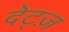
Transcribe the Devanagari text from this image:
देट्ज़